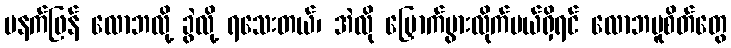
မနက်ဖြန် လောဘလို့ ခွဲလို့ ရသေးတယ်၊ အဲလို မြှောက်ပွားလိုက်မယ်ရှိရင် လောဘမူစိတ်တွေ